Lunatic asylums in Bengal annual reports 1899-1911 - 1899-1911
Year: 1899
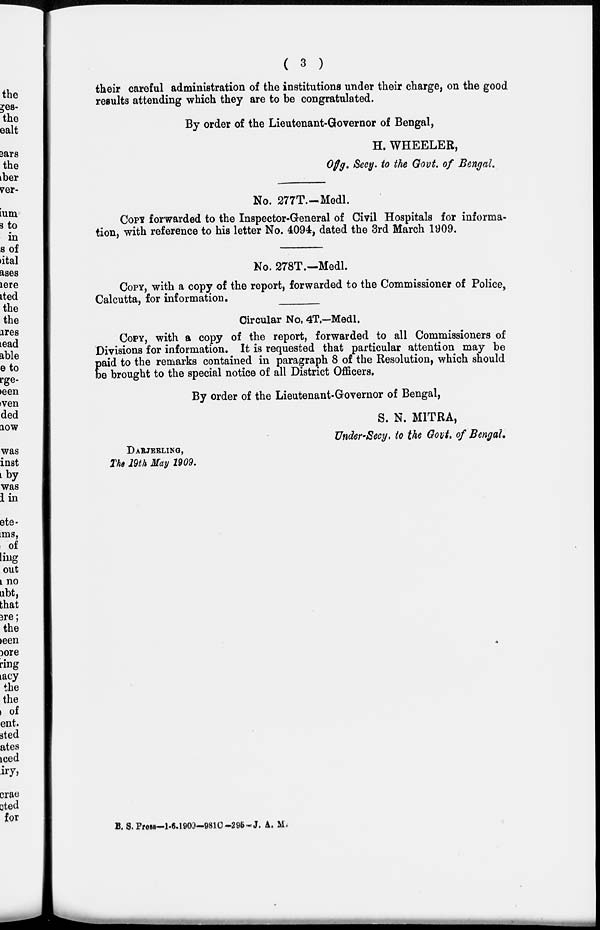
( 3 )
their careful administration of the institutions under their charge, on the good
results attending which they are to be congratulated.
By order of the Lieutenant-Governor of Bengal,
H. WHEELER,
Offg. Secy. to the Govt. of Bengal.
No. 277T.—Medl.
COPY forwarded to the Inspector-General of Civil Hospitals for informa-
tion, with reference to his letter No. 4094, dated the 3rd March 1909.
No. 278T.—Medl.
COPY, with a copy of the report, forwarded to the Commissioner of Police,
Calcutta, for information.
Circular No. 4T.—Medl.
COPY, with a copy of the report, forwarded to all Commissioners of
Divisions for information. It is requested that particular attention may be
p aid to the remarks contained in paragraph 8 of the Resolution, which should
be brought to the special notice of all District Officers.
By order of the Lieutenant-Governor of Bengal,
S. N. MITRA,
Under-Secy, to the Govt.of Bengal.
DARJEELING,
The 19th May 1909.
B. S.Press—1-6-1909—981C-295—J. A. M.